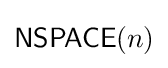
{\mathsf {NSPACE}}(n)